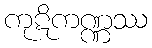
ကုဋိကဏ္ဏဿ